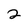
Character: 2